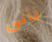
نأتى